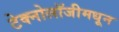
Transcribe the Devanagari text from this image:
टेक्नोलॉजीमधून